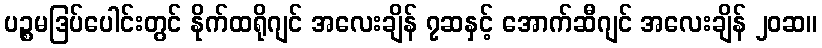
ပဉ္စမဒြပ်ပေါင်းတွင် နိုက်ထရိုဂျင် အလေးချိန် ၇ဆနှင့် အောက်ဆီဂျင် အလေးချိန် ၂၀ဆ။